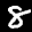
Label: 8